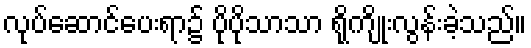
လုပ်ဆောင်ပေးရာ၌ ပိုပိုသာသာ ရိုကျိုးလွန်းခဲ့သည်။